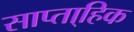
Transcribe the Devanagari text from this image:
साप्ता्हिक